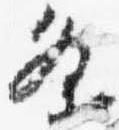
条